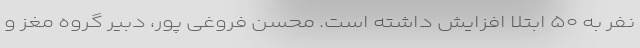
نفر به ۵۰ ابتلا افزایش داشته است. محسن فروغی پور، دبیر گروه مغز و